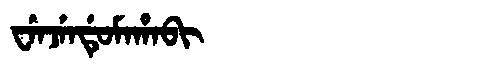
Manchu: ᠸᡝᠨᠵᡝᠨᡩᡠᠮᠠᡥᠠᠪᡳ
Romanization: WENJENDUMAHABI